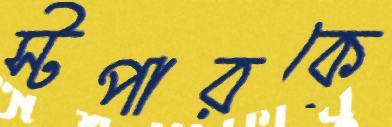
স্টপারকে